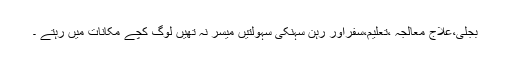
بجلی،علاج معالجہ ،تعلیم،سفراور رہن سہنکی سہولتیں میسر نہ تھیں لوگ کچے مکانات میں رہتے ۔